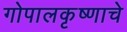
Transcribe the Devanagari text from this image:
गोपालकृष्णाचे